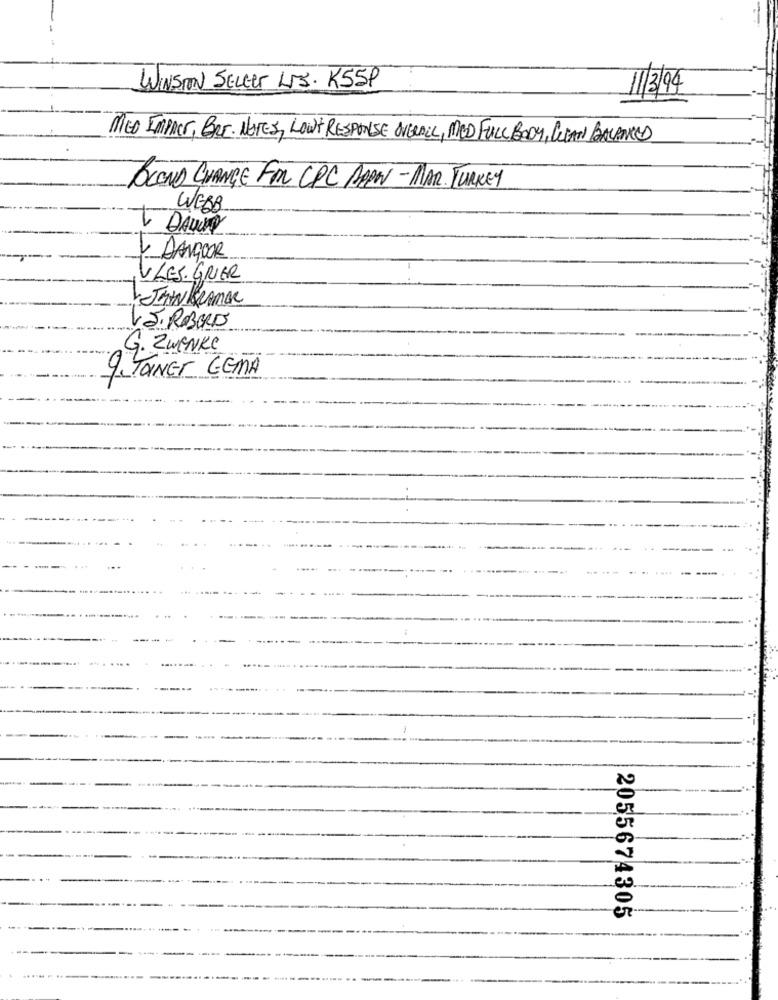
WINSTON SELLER LTS. K55P
11/3/94
MED IMPACT, BRE. NOTES, LOW RESPONSE OVERALL, MED FULL BODY, CLEAN BALANCED
BLOND CHANGE FOR CPC DOON- MAR. TURKEY
WEBB
1 DANGOOR
VLES. GRIER
JAHN KRAMAR
V.S.ROBERTS
G. ZWENKe
9. TaNET GEMA
2055674305